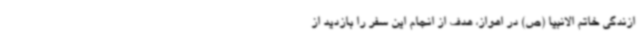
ازندگی خاتم الانبیا (ص) در اهواز، هدف از انجام این سفر را بازدید از